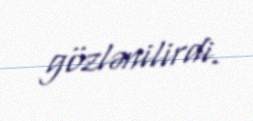
gözlənilirdi.